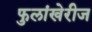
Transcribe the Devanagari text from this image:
फुलांखेरीज